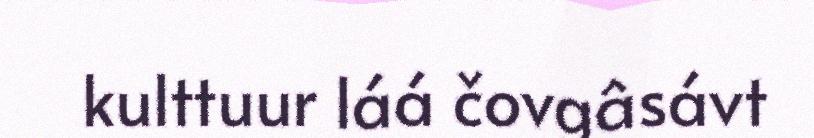
kulttuur láá čovgâsávt